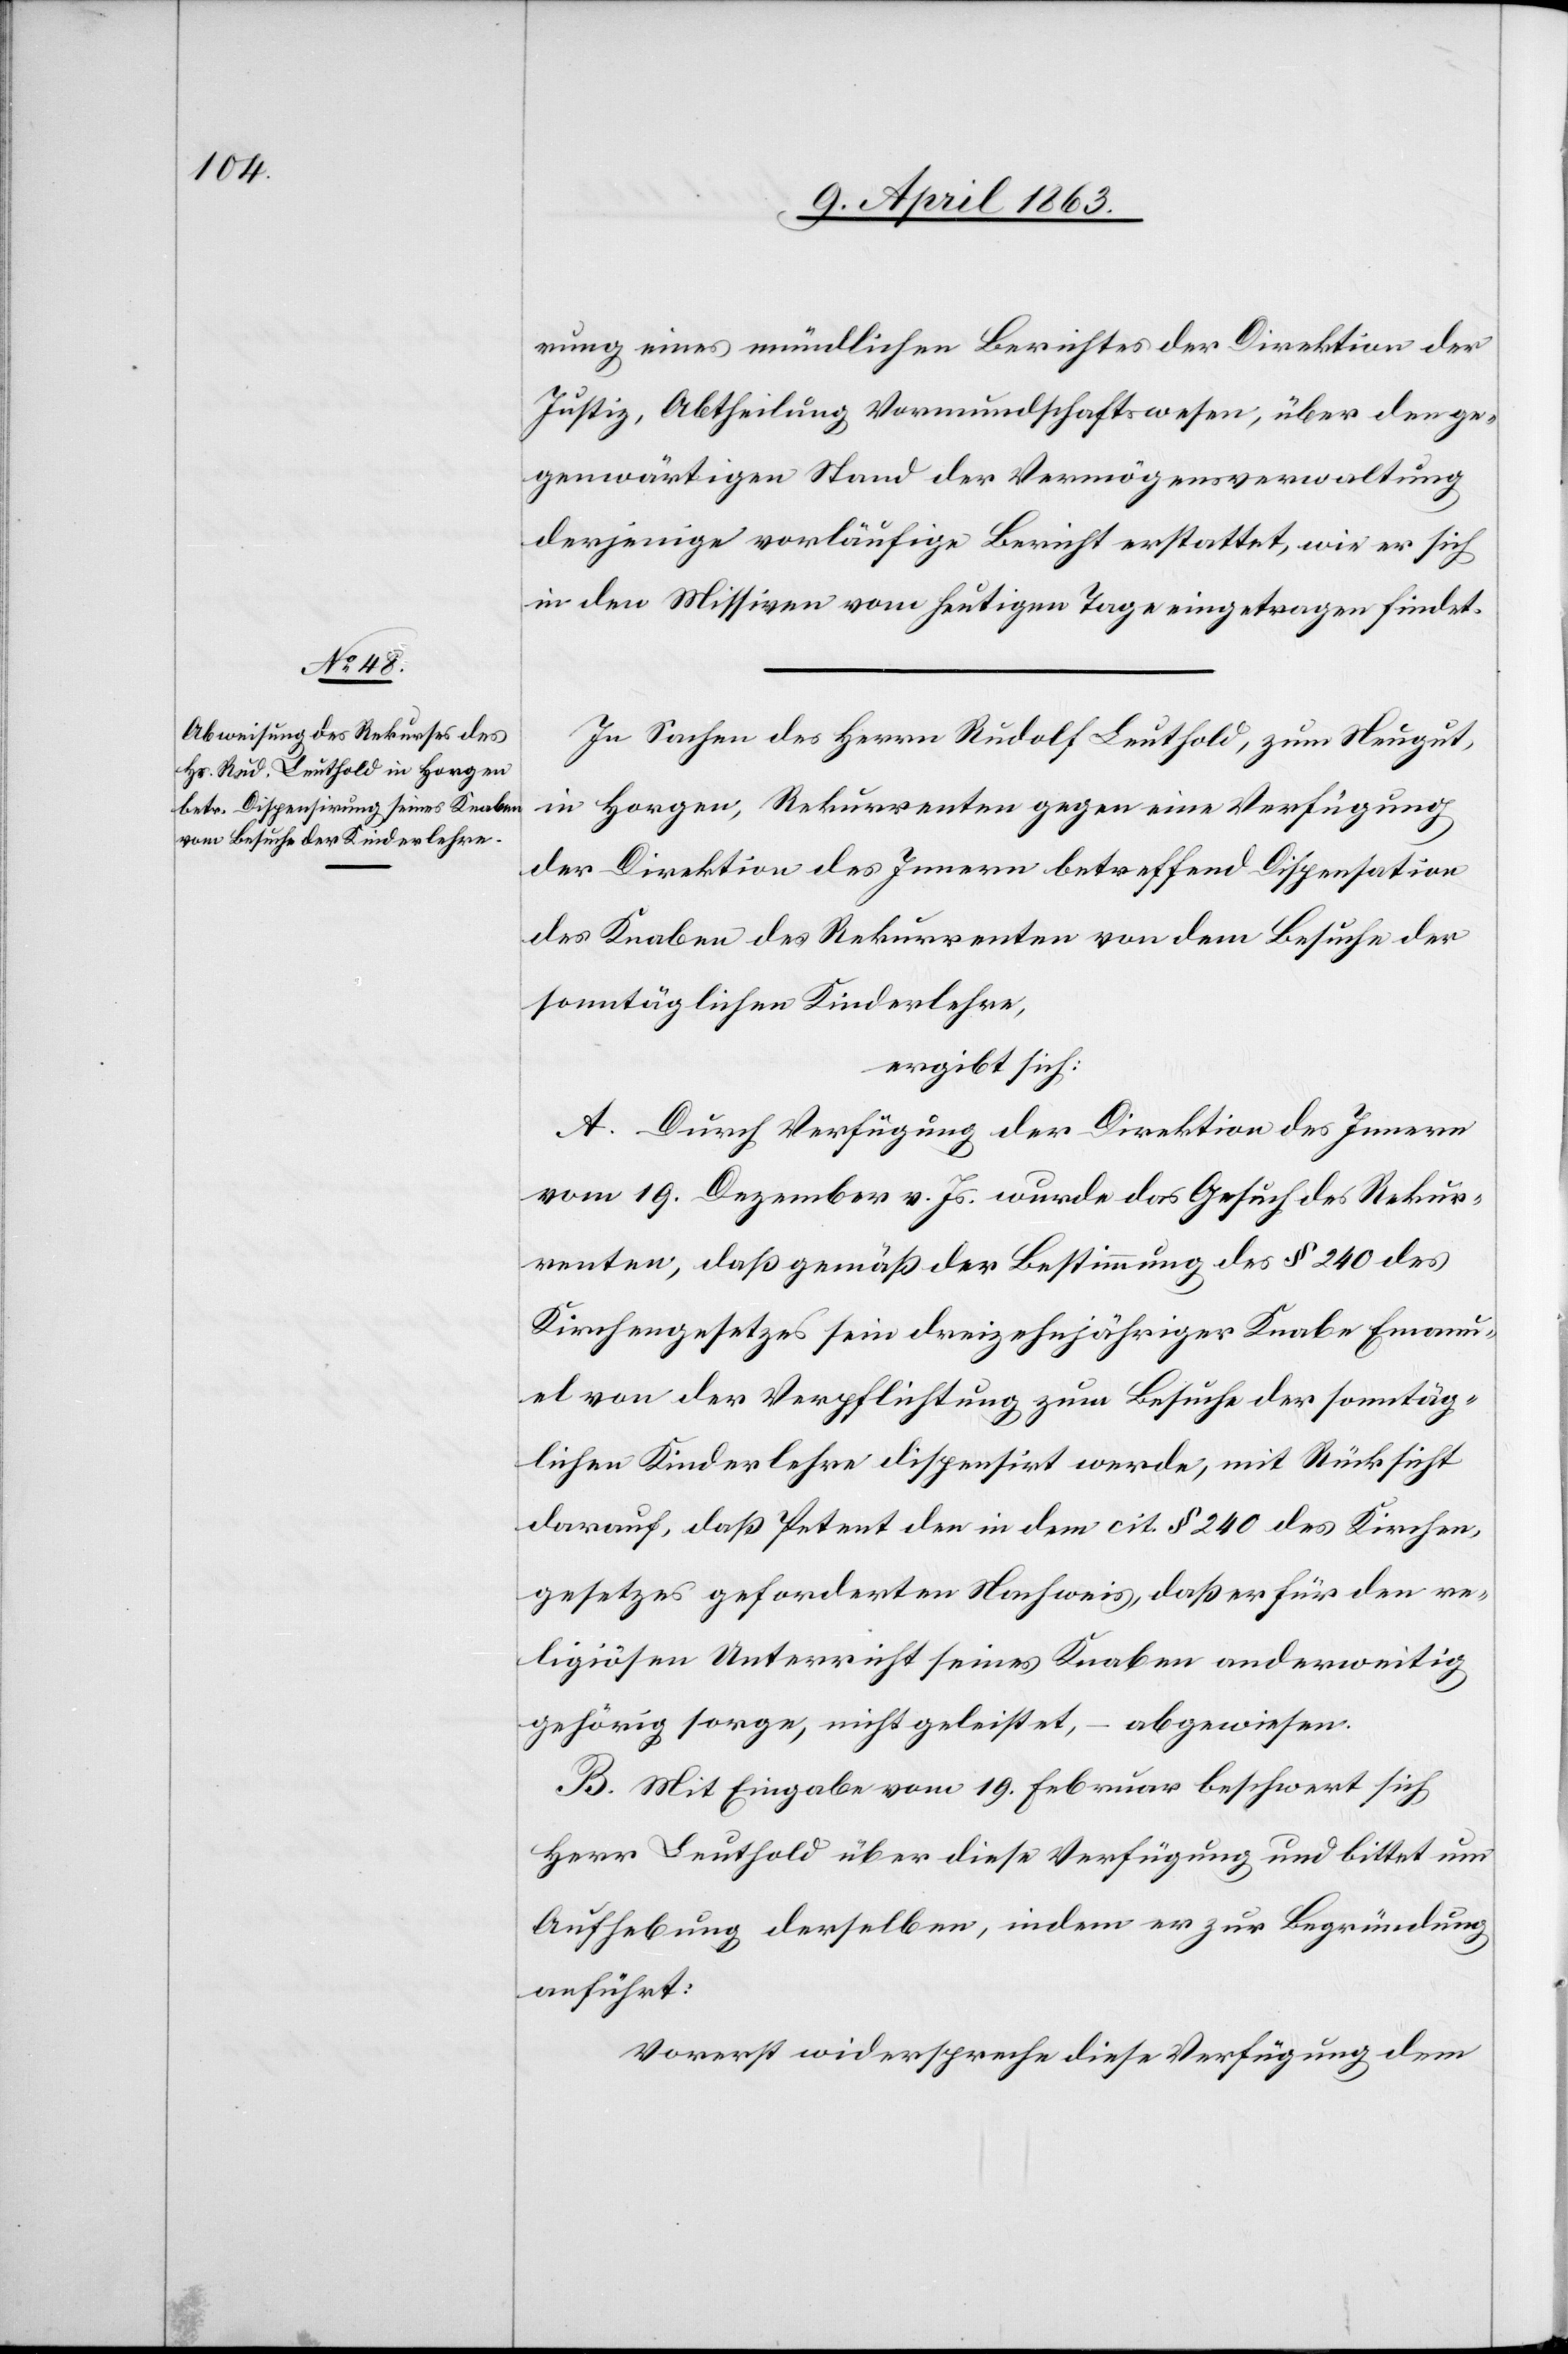
rung eines mündlichen Berichtes der Direktion der
Justiz, Abtheilung Vormundschaftswesen, über den ge¬
genwärtigen Stand der Vermögensverwaltung
derjenige vorläufige Bericht erstattet, wie er sich
in den Missiven vom heutigen Tage eingetragen findet.
In Sachen des Herrn Rudolf Leuthold, zum Neugut,
in Horgen, Rekurrenten gegen einen Verfügung
der Direktion des Innern betreffend Dispensation
des Knaben des Rekurrenten von dem Besuche der
sonntäglichen Kinderlehre,
ergibt sich:
A. Durch Verfügung der Direktion des Innern
vom 19. Dezember v. Js. wurde das Gesuch des Rekur¬
renten, daß gemäß der Bestimmung des § 240 des
Kirchengesetzes sein dreizehnjähriger Knabe Emanu¬
el von der Verpflichtung zum Besuche der sonntäg¬
lichen Kinderlehre dispensirt werde, mit Rücksicht
darauf, daß Petent den in dem cit. § 240 des Kirchen¬
gesetzes geforderten Nachweis, daß er für den re¬
ligiösen Unterricht seines Knaben anderweitig
gehörig sorge, nicht geleistet, – abgewiesen.
B. Mit Eingabe vom 19. Februar beschwert sich
Herr Leuthold über diese Verfügung und bittet um
Aufhebung derselben, indem er zur Begründung
anführt:
Vorerst widerspreche diese Verfügung dem